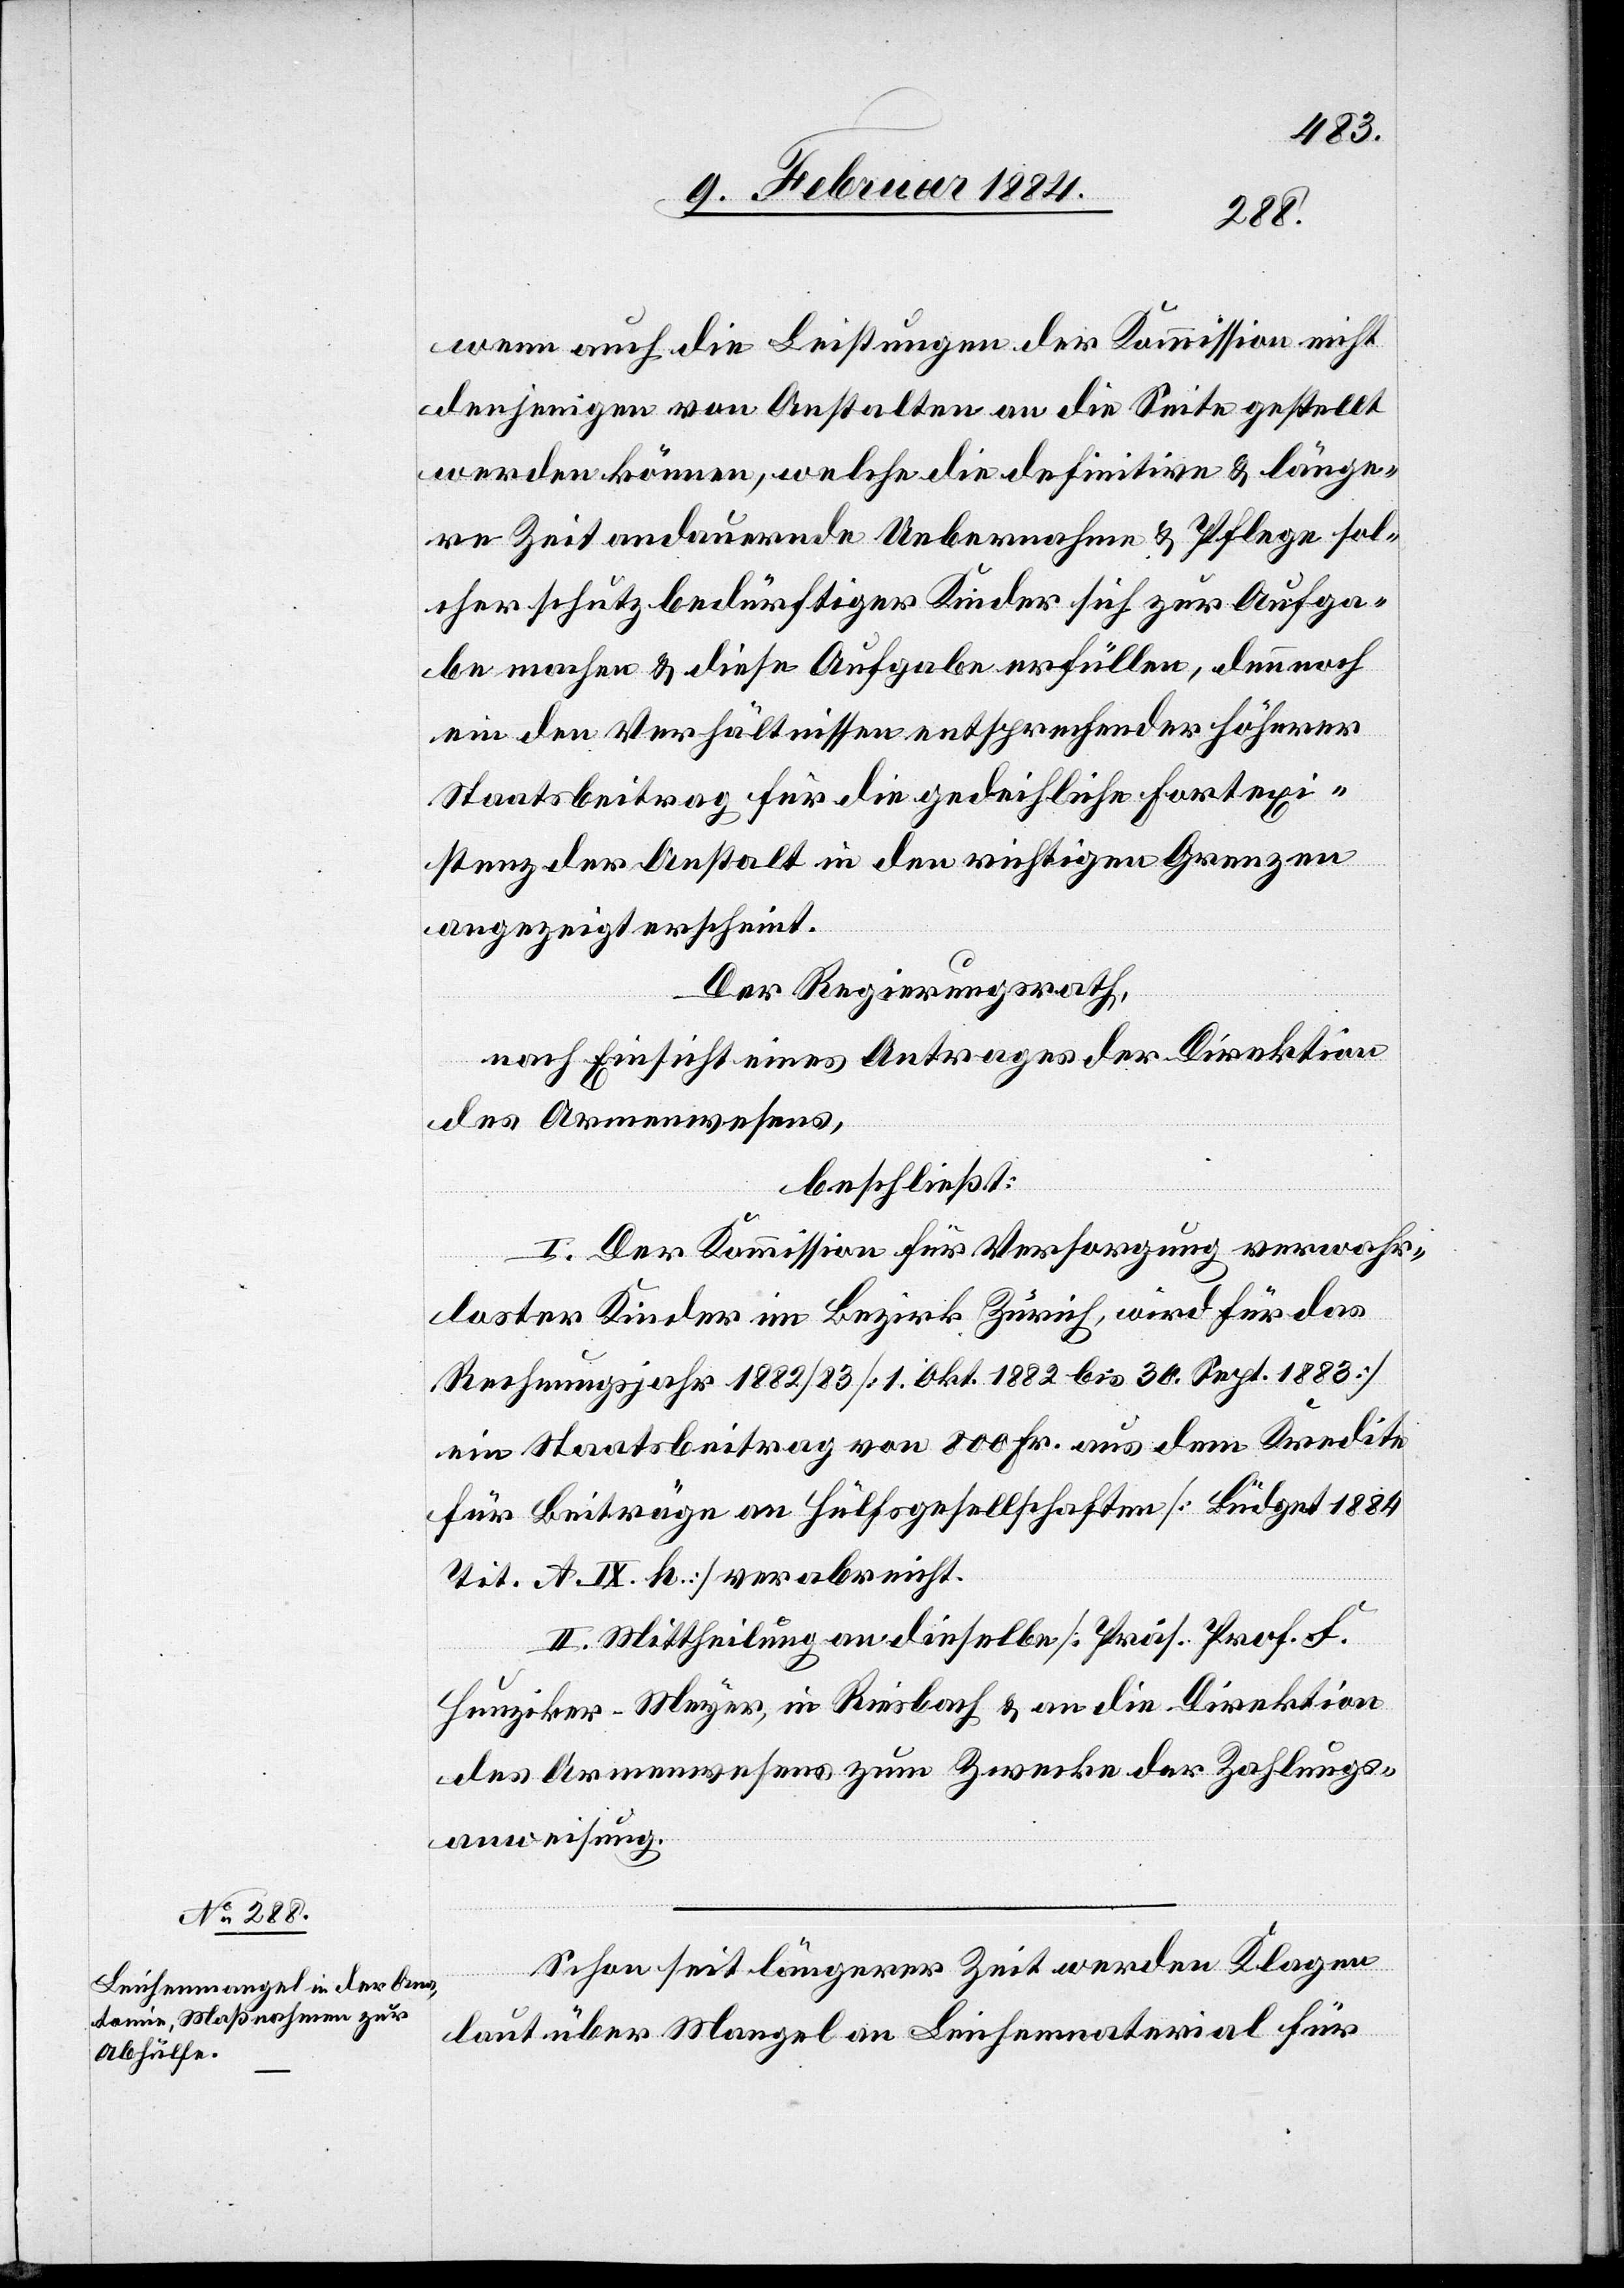
Schon seit längerer Zeit werden Klagen
laut über Mangel an Leichenmaterial für